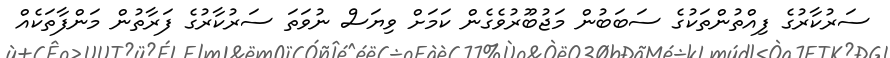
ސަރުކާރުގެ ފިއްތުންތަކުގެ ސަބަބުން މަޖުބޫރުވެގެން ކަމަށް ވިޔަސް ނުވަތަ ސަރުކާރުގެ ފަރާތުން މަންފާތަކެއް